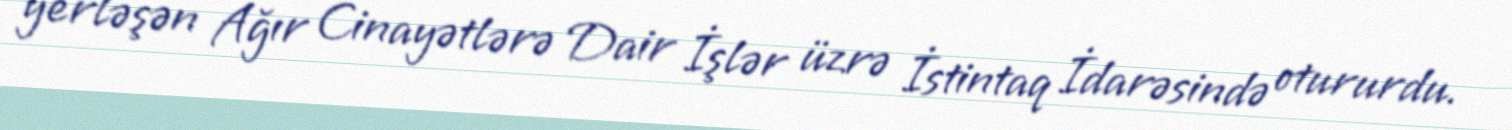
yerləşən Ağır Cinayətlərə Dair İşlər üzrə İstintaq İdarəsində otururdu.